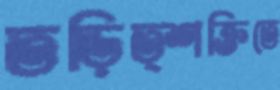
তড়িত্শক্তিতে